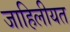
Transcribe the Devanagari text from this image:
जाहिलीयत